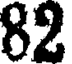
82